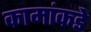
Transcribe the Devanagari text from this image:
कामांकडे